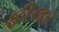
ફીલર